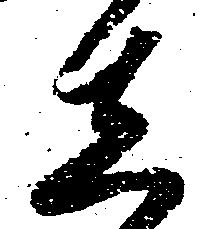
し